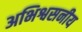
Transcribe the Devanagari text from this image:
अभिश्वसनीय